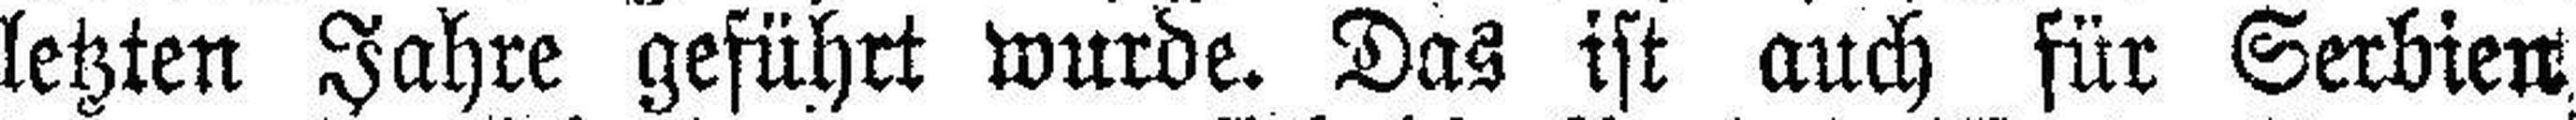
letzten Jahre geführt wurde. Das ist auch für Serbien